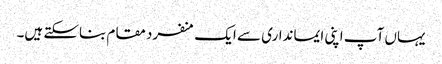
یہاں آپ اپنی ایمانداری سے ایک منفرد مقام بناسکتے ہیں۔